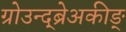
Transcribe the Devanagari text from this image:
ग्रोउन्द्ब्रेअकीङ्